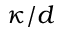
\kappa / d